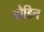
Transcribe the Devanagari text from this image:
बोडिन